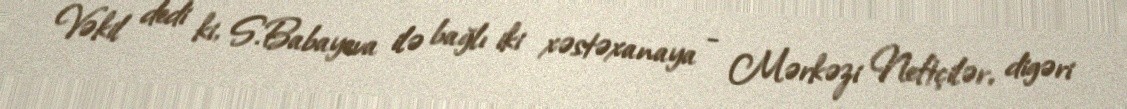
Vəkil dedi ki, S.Babayeva ilə bağlı iki xəstəxanaya - Mərkəzi Neftçilər, digəri